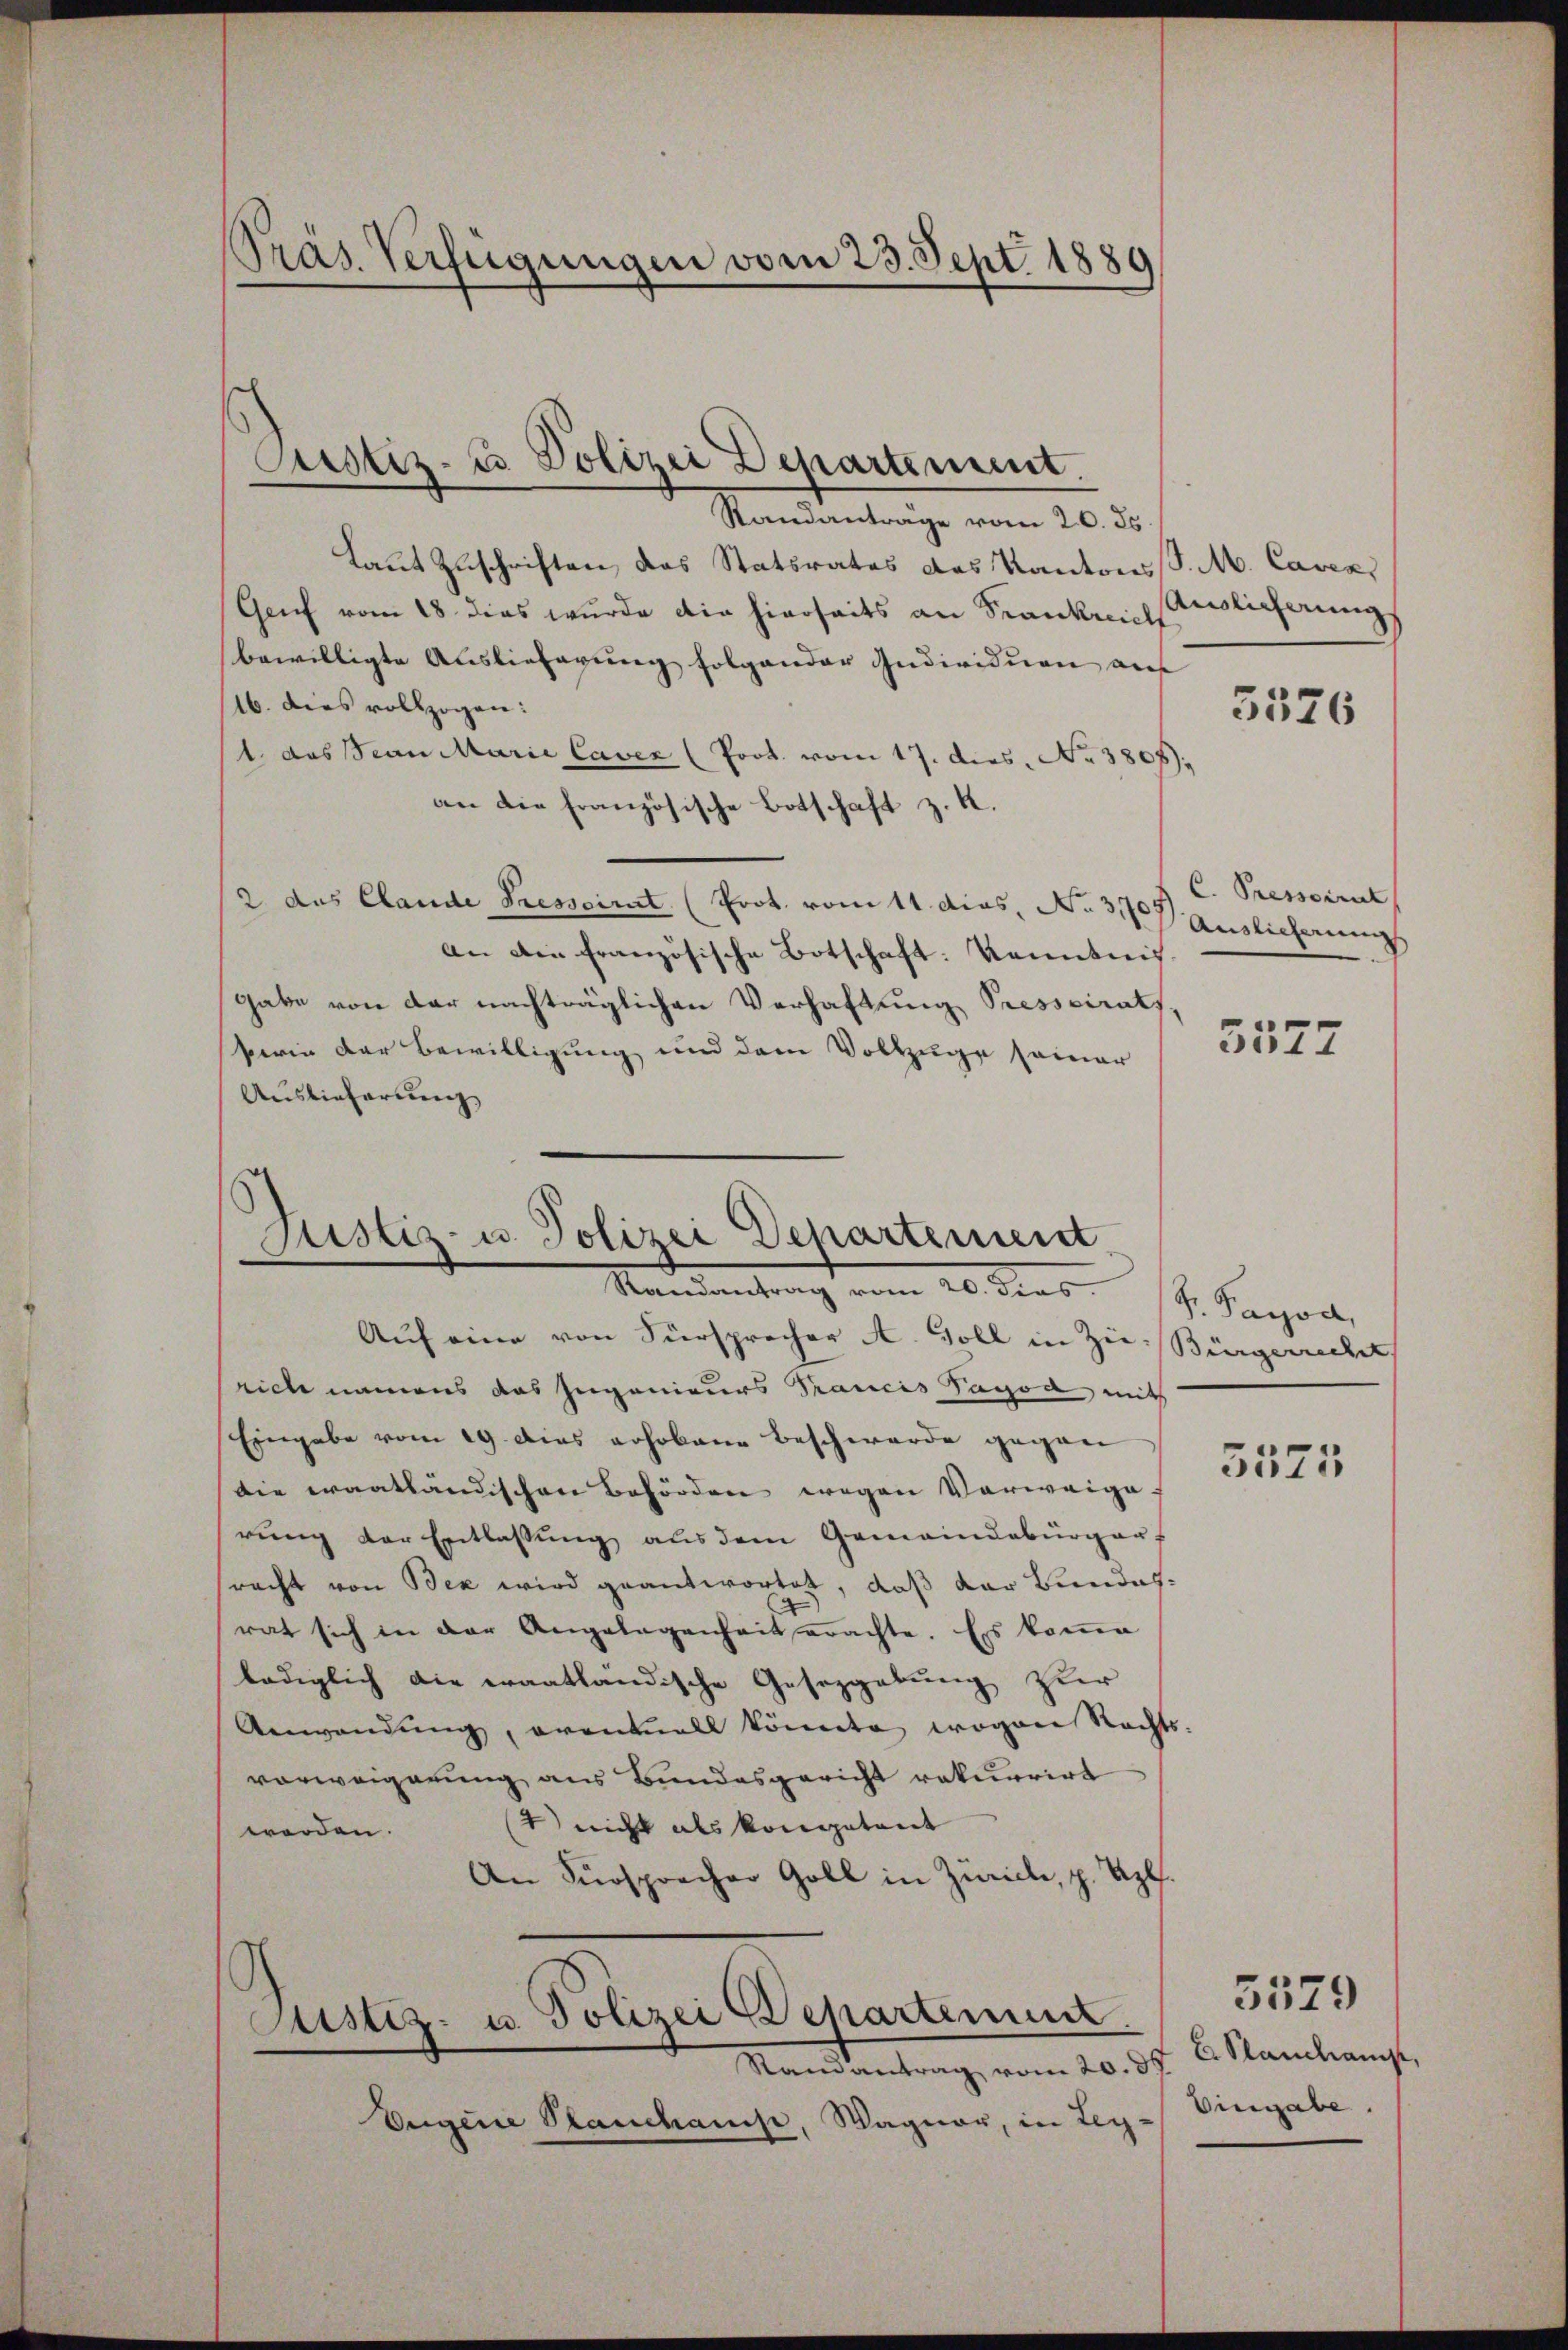
Präs. Verfügungen vom 23. Sept. 1889

Justiz- u Polizei Departement.

Standanträge vom 20. ds.
Laut Zuschriften das Statsrates das Kantons S. M. Cavex
Gruf vom 18. dies wurde die hierseits an Stanklichstlicherungs
bewilligte Auslieferung folgender Individuen auf
16. dies vollzogen:
1 das San Marie Caver (Poot. vom 17. Dies. N. 3807).
an die französische Botschaft z. K
2 das Claude Presseit (Prot. vom 11. dies, No. 31 Auslicherung
An die französische Botschaft: kanntnis
gabe von der nachträglichen Verhaftung Presseirats,
perin der Bewilligung und dem Vollzuge seiner
Auslieferung
Justiz- u. Polizei Departement
Standentrag vom 20. Derb. J. Sapor
Auf eine von Fürsprecher A. Goll in Zie-Bürgerrecht
rich namens das Ingenieurs Prancis Sapod, mit
Eingabe vom 19 dies erhobene Beschwerde gegen
die waatländischen Behörden wegen Vorweige.
rung der Entlassung aus dem Gemeindebürger-
racht von Bex wird geantwortet, daß der Bundesrat sich in der Angelegenheit erachte. Es koṁe
lediglich die erantländische Gesetzgebung zur
Anwendŭng, eventall könnte, wogen Rechts-
vorweigerung aus Bundesgericht rekurrirt
1) nicht als Kongatant
werden.
An Fürspracher Goll in Zürich, p. Sept.

Astiz- u. Polizei Departement.

Randantrag vom 20. 37
Eugene Planchanis, Wagner, in Leg-

3576

C. Pressoirut

5577

5575

E Slandame,
Vingabe.

5579